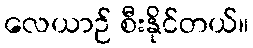
လေယာဉ် စီးနိုင်တယ်။